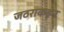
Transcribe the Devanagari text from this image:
जठराकडून